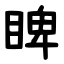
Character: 睥